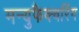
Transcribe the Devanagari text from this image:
मन्युफैक्चरिंग